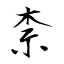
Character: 柰